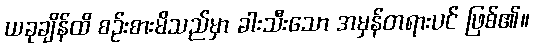
ယခုချိန်ထိ စဉ်းစားမိသည်မှာ ခါးသီးသော အမှန်တရားပင် ဖြစ်၏။